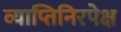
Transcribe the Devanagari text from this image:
व्याप्तिनिरपेक्ष